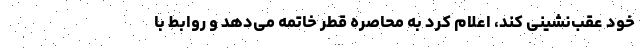
خود عقب‌نشینی کند، اعلام کرد به محاصره قطر خاتمه می‌دهد و روابط با